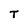
Character: T